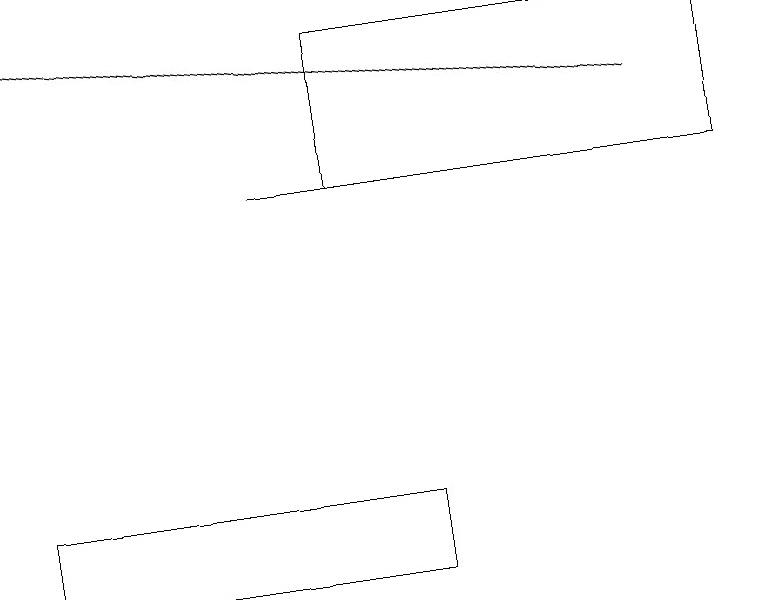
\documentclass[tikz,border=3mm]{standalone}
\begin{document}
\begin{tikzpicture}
\draw (0,13) rectangle (5,12);
\draw (4,19) rectangle (9,17);
\draw[->] (8,18) -- (0,19);
\draw (3,17) rectangle (8,17);
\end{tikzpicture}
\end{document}